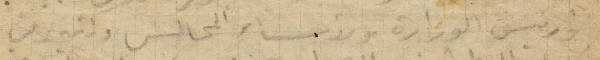
ورئيس الوزارة ورؤساء المجالس وكثير من